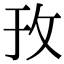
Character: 㪀